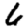
Digit: 6